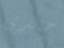
جندى